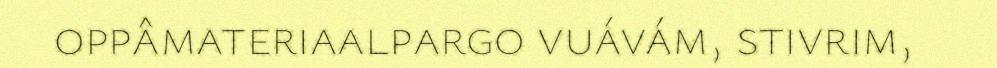
oppâmateriaalpargo vuávám, stivrim,